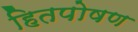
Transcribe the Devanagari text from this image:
हितपोषण